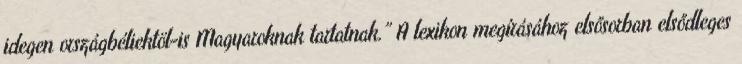
idegen országbéliektöl-is Magyaroknak tartatnak.” A lexikon megírásához elsősorban elsődleges